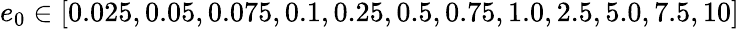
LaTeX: e_{0}\in[0.025,0.05,0.075,0.1,0.25,0.5,0.75,1.0,2.5,5.0,7.5,10]